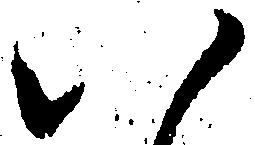
八